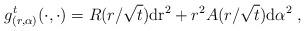
LaTeX: \begin{align*} g^t_{(r,\alpha)}(\cdot,\cdot) = R(r/\sqrt{t})\mathrm{d r}^2 + r^2A(r/\sqrt{t})\mathrm{d}\alpha ^2\;, \end{align*}